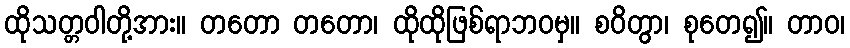
ထိုသတ္တဝါတို့အား။ တတော တတော၊ ထိုထိုဖြစ်ရာဘဝမှ။ စဝိတွာ၊ စုတေ၍။ တာဝ၊